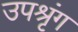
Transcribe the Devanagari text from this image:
उपश्रृंग